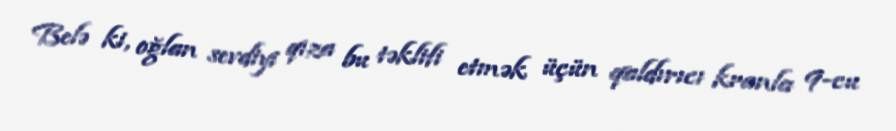
Belə ki, oğlan sevdiyi qıza bu təklifi etmək üçün qaldırıcı kranla 9-cu